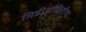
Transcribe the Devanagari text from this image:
मिडीऑक्रिटीचा